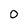
Character: 0